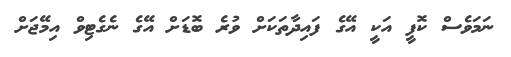
ނަމަވެސް ކޮފީ އަކީ އޭގެ ފައިދާތަކަށް ވުރެ ބޮޑަށް އޭގެ ނެގެޓިވް އިމޭޖަށް